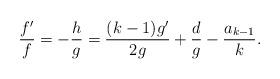
LaTeX: \begin{align*}\frac{f'}f = - \frac{h}{g} = \frac{(k-1)g'}{2g } + \frac{d}g - \frac{a_{k-1} }k . \end{align*}